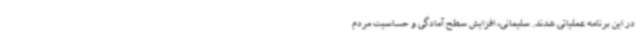
در این برنامه عملیاتی شدند. سلیمانی، افزایش سطح آمادگی و حساسیت مردم